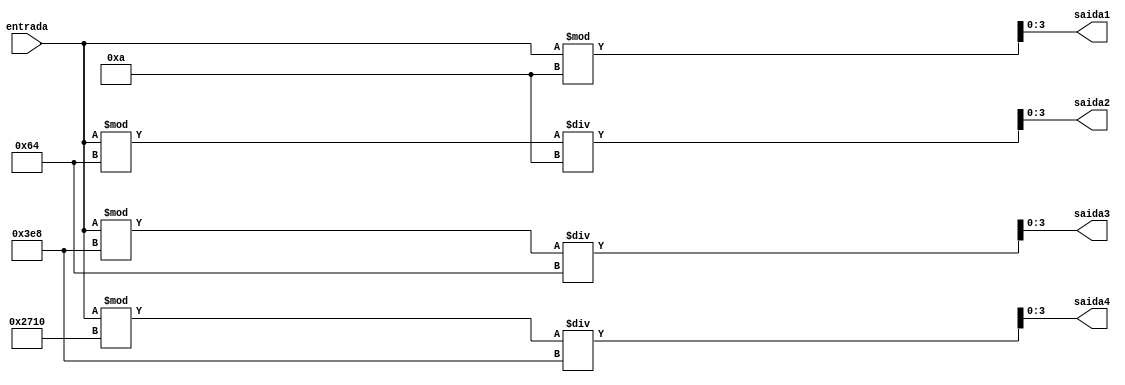
module converte(
	input [31:0] entrada,	// Valor a se retirar os 4 dgitos
	output [3:0] saida1,		// Dgito 1
	output [3:0] saida2,		// Dgito 2
	output [3:0] saida3,		// Dgito 3
	output [3:0] saida4		// Dgito 4
);
	
	/* Guarda os dgitos, 
	 * pode ser trocada por cada wire saidaX, 
	 * porm  mais fcil de se usar no lao
	 */
	reg [6:0] aux [3:0];
	
	integer i;
	
	always @ (*) 
	 begin
		
		/* Converso com lao, aparentemente 
		 * estava atrasando a compilao 
		 */
		/*for(i = 0; i < 4; i = i + 1)
			aux[i] = (entrada % 10**(i + 1)) / 10**i;*/
		
		/* Converso com atribuies fixas */
		aux[0] = entrada % 10;					// Primeiro dgito
		aux[1] = (entrada % 100) / 10;		// Segundo dgito
		aux[2] = (entrada % 1000) / 100;		// Terceiro dgito
		aux[3] = (entrada % 10000) / 1000;	// Quarto dgito

	 end
	
	assign saida1 = aux[0];
	assign saida2 = aux[1];
	assign saida3 = aux[2];
	assign saida4 = aux[3];
	
endmodule